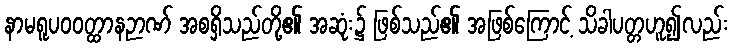
နာမရူပဝဝတ္ထာနဉာဏ် အစရှိသည်တို့၏ အဆုံး၌ ဖြစ်သည်၏ အဖြစ်ကြောင့် သိခါပတ္တဟူ၍လည်း